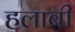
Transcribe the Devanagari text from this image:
हलाबी